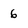
Character: 6